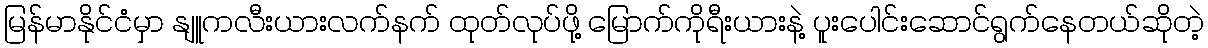
မြန်မာနိုင်ငံမှာ နျူကလီးယားလက်နက် ထုတ်လုပ်ဖို့ မြောက်ကိုရီးယားနဲ့ ပူးပေါင်းဆောင်ရွက်နေတယ်ဆိုတဲ့